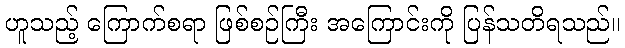
ဟူသည့် ကြောက်စရာ ဖြစ်စဉ်ကြီး အကြောင်းကို ပြန်သတိရသည်။